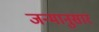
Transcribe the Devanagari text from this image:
जन्मानुसार